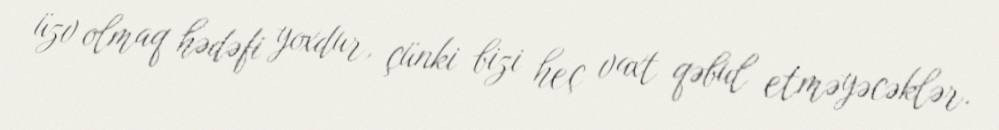
üzv olmaq hədəfi yoxdur, çünki bizi heç vaxt qəbul etməyəcəklər.